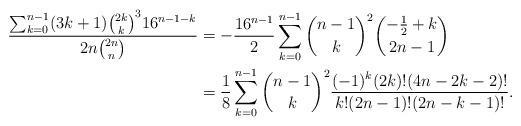
LaTeX: \begin{align*}\frac{\sum_{k=0}^{n-1}(3k+1)\binom{2k}k^3{16}^{n-1-k}}{2n\binom{2n}n}&=-\frac{16^{n-1}}2\sum_{k=0}^{n-1}\binom{n-1}{k}^2\binom{-\frac12+k}{2n-1}\\&=\frac18\sum_{k=0}^{n-1}\binom{n-1}k^2\frac{(-1)^{k}(2k)!(4n-2k-2)!}{k!(2n-1)!(2n-k-1)!}.\end{align*}